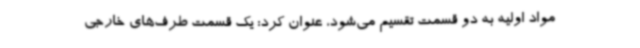
مواد اولیه به دو قسمت تقسیم می‌شود، عنوان کرد: یک قسمت طرف‌های خارجی